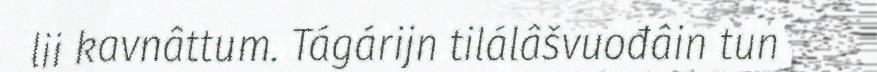
lii kavnâttum. Tágárijn tilálâšvuođâin tun